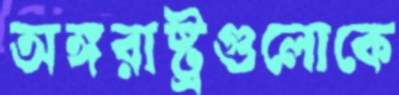
অঙ্গরাষ্ট্রগুলোকে